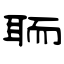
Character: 聏